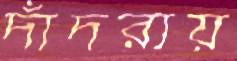
দাঁদরায়